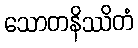
သောတနိဿိတံ